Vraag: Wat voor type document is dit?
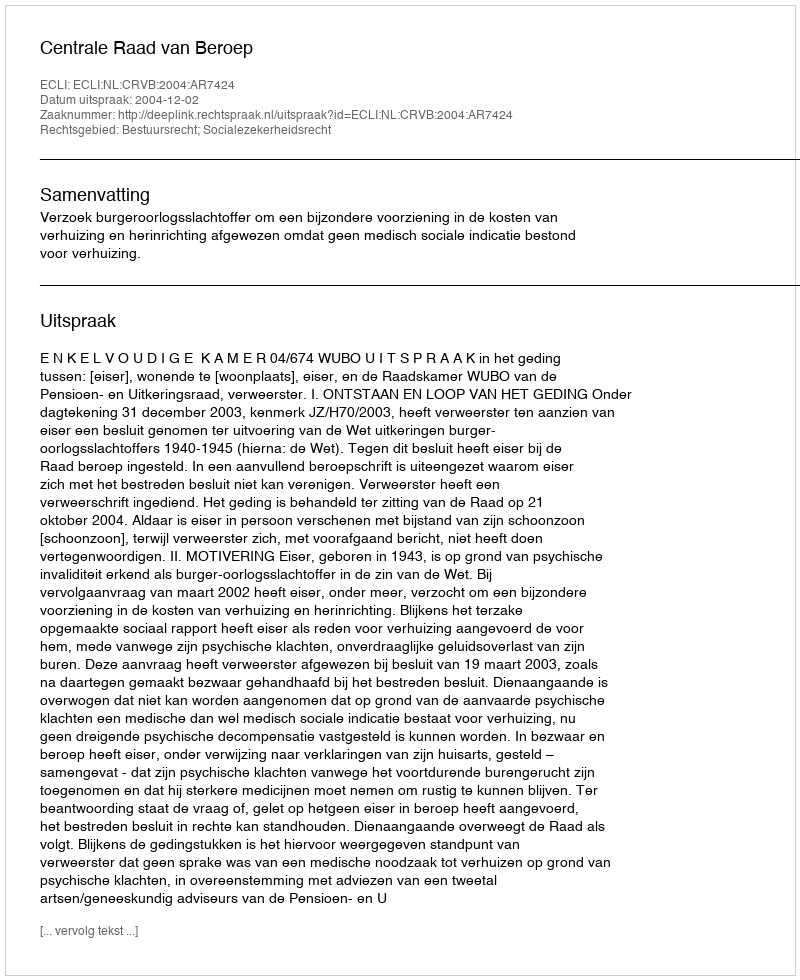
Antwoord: Uitspraak